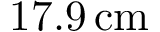
1 7 . 9 \, \mathrm { c m }